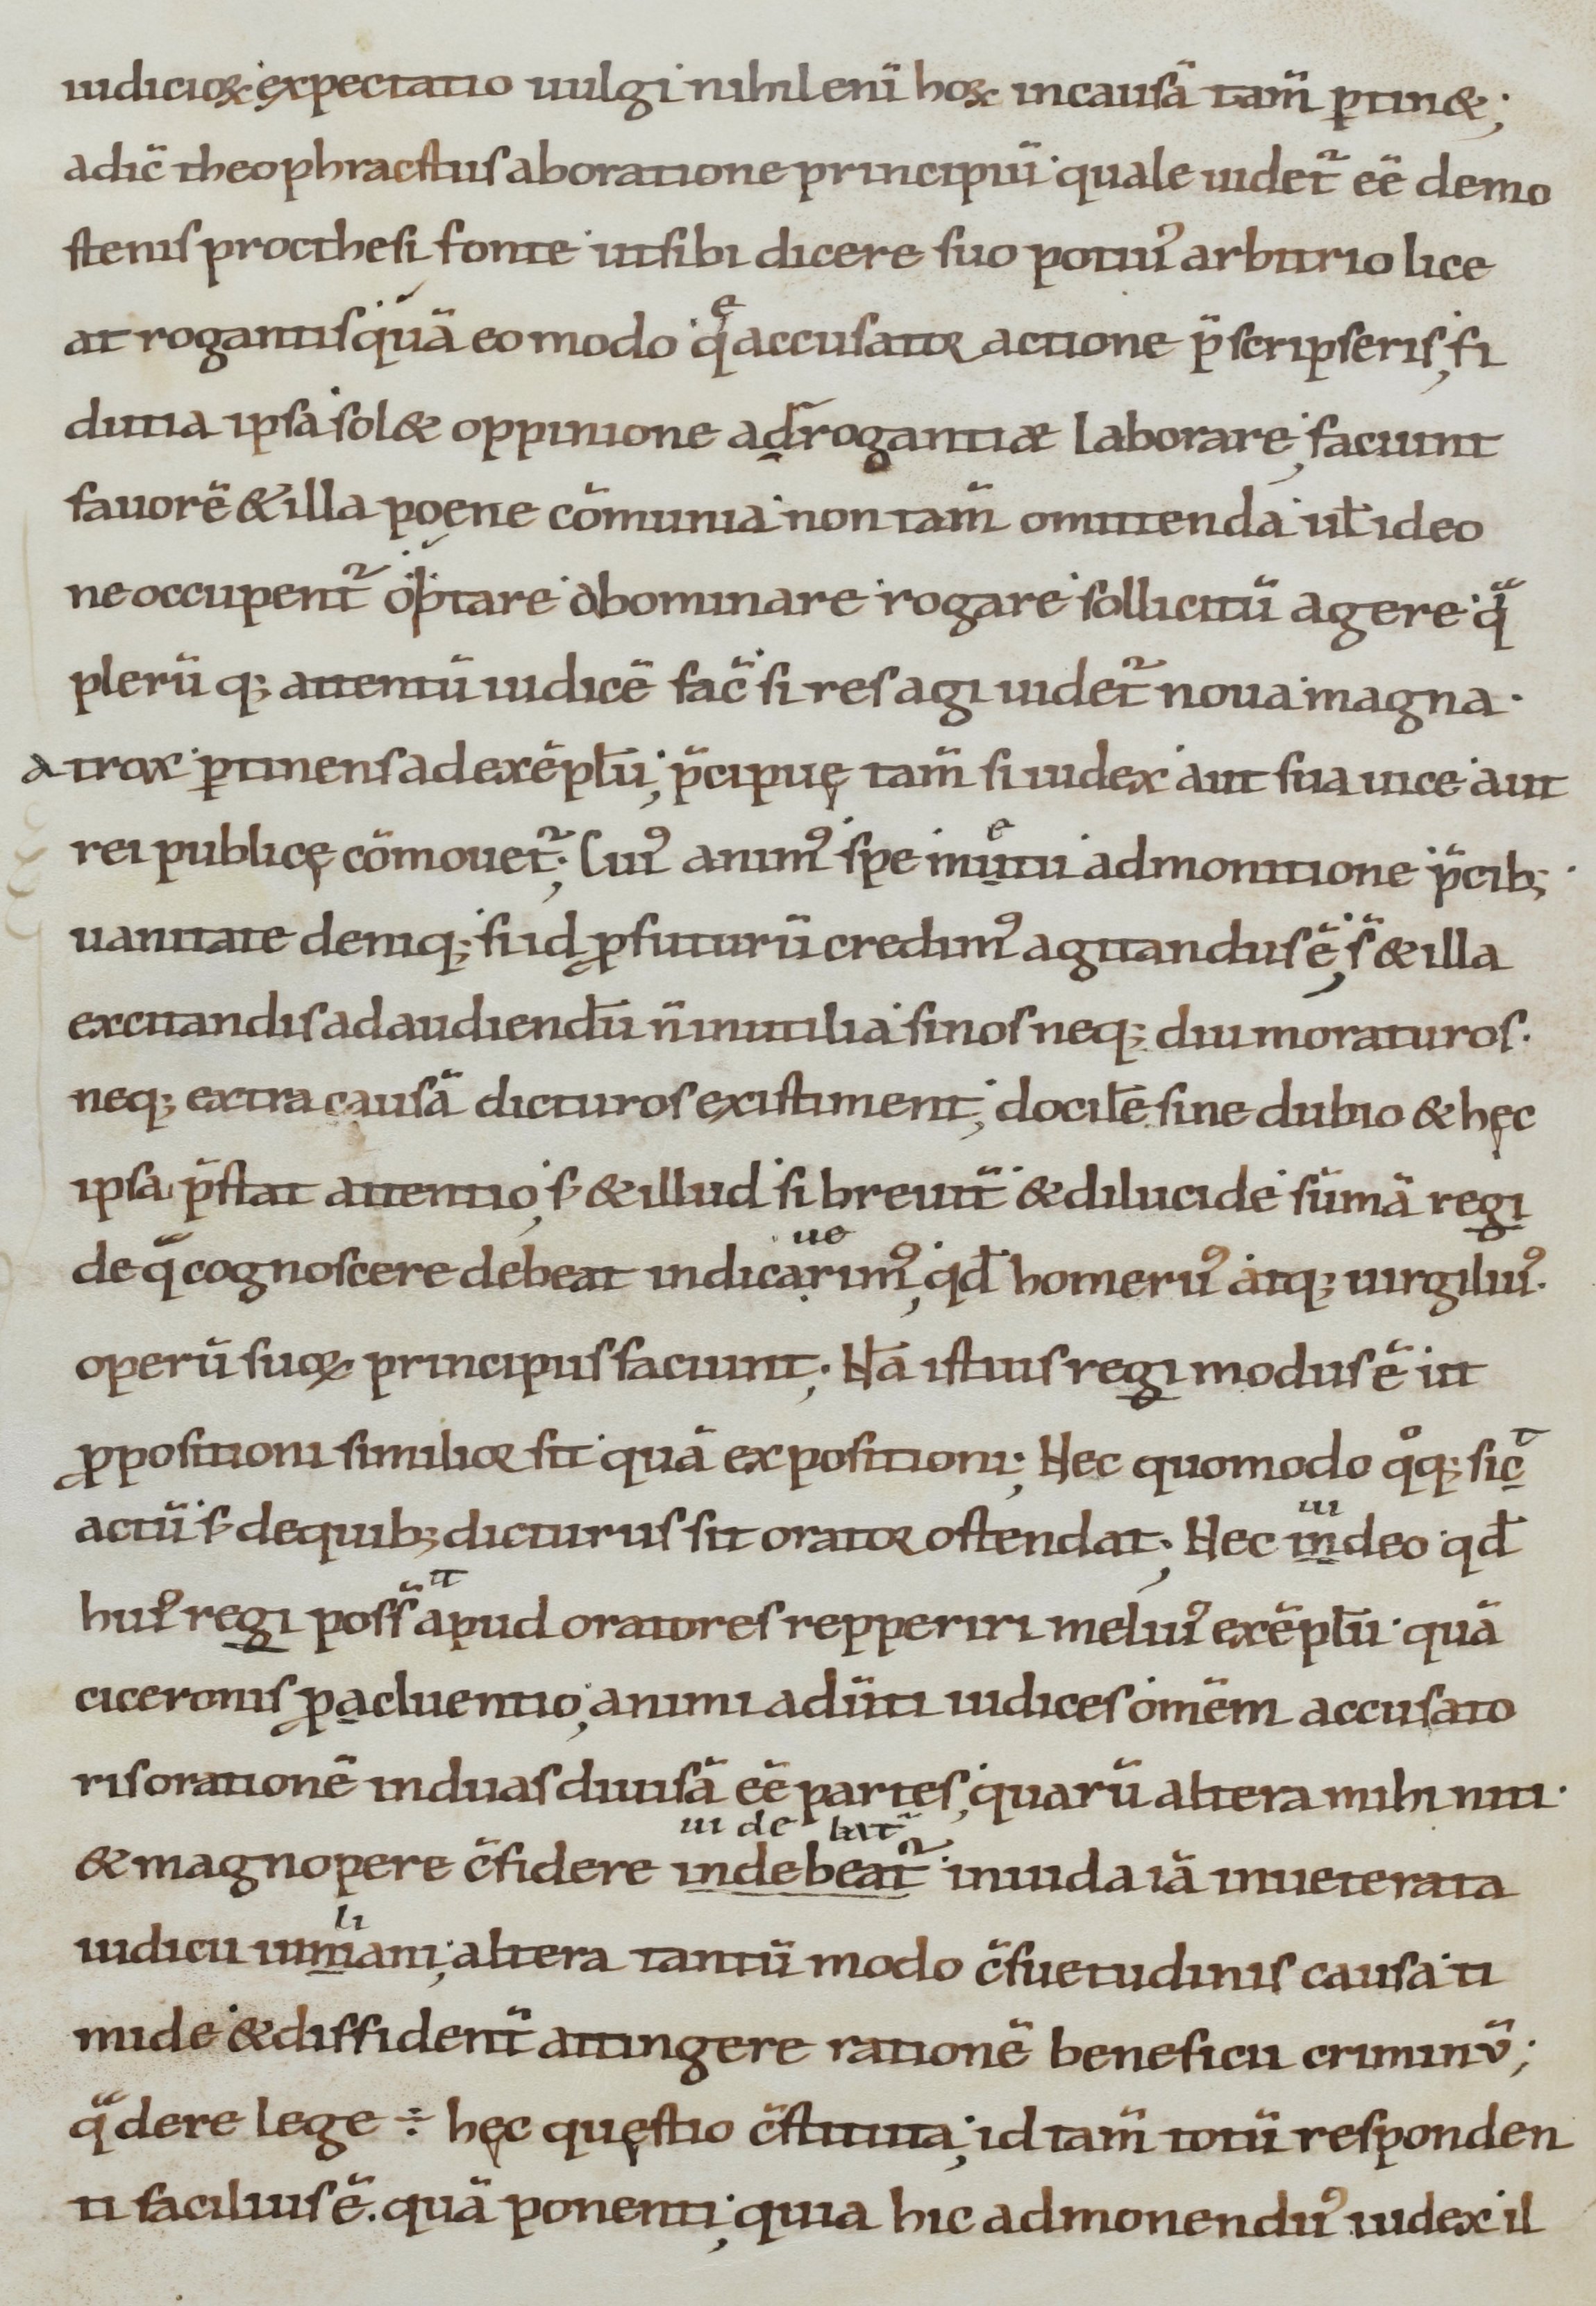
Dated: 900–1099